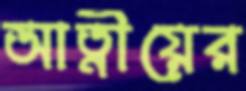
আত্নীয়ের